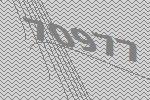
70977